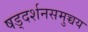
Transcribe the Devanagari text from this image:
षड्दर्शनसमुच्चय